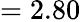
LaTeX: =2.80